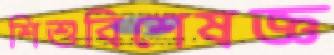
শিশুবিশেষজ্ঞ